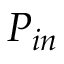
P _ { i n }